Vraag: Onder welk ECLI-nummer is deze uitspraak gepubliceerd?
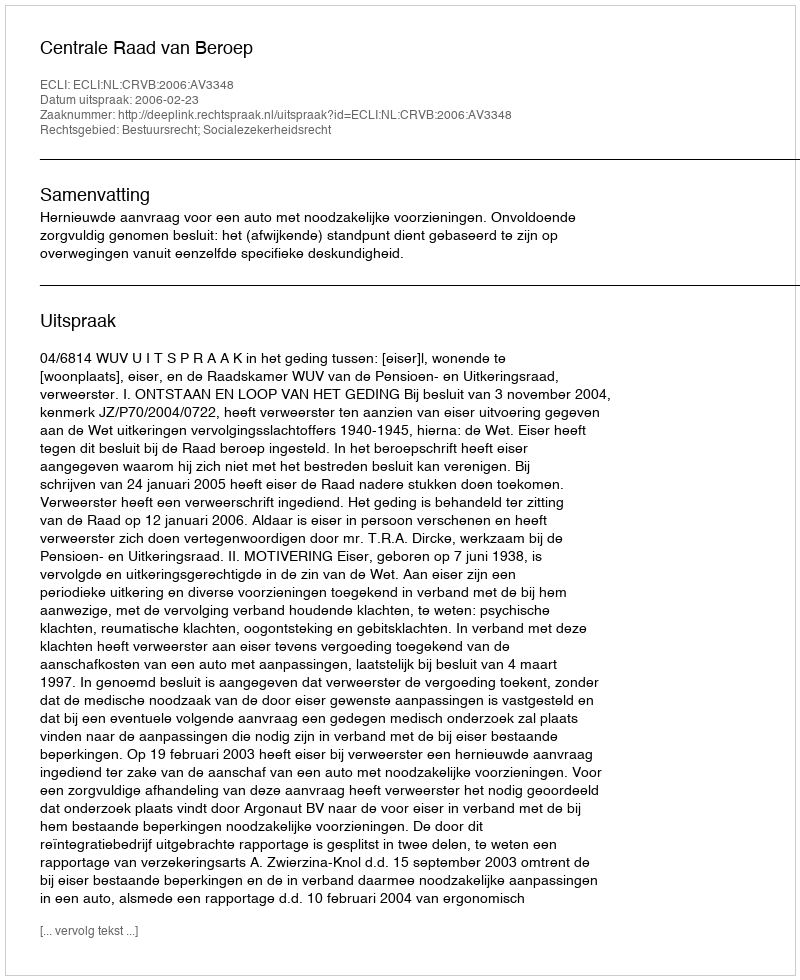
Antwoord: ECLI:NL:CRVB:2006:AV3348